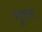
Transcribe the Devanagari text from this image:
गुस्‍ताव